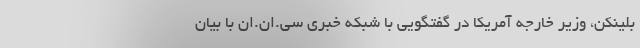
بلینکن، وزیر خارجه آمریکا در گفتگویی با شبکه خبری سی.ان.ان با بیان